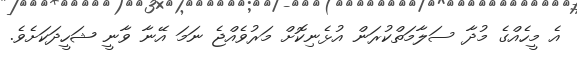
އެ މީހެއްގެ މުދާ ސަލާމަތްކުރަން އުޅެނިކޮށް މަރުވެއްޖެ ނަމަ އޭނާ ވާނީ ޝަހީދަކަށެވެ.